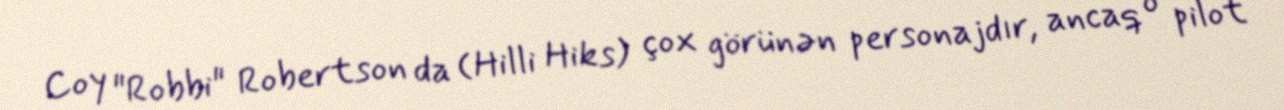
Coy "Robbi" Robertson da (Hilli Hiks) çox görünən personajdır, ancaq o pilot